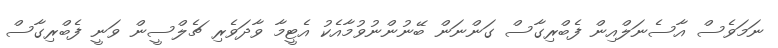
ނަމަވެސް އާސެނަލްއިން ފެބްރިގާސް ގަންނަން ބޭނުންނުވުމާއެކު އެޓީމާ ވާދަވެރި ޗެލްސީން ވަނީ ފެބްރިގާސް